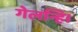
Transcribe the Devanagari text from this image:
गेलन्हि।